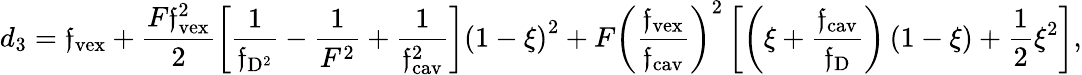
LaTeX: d_{3}=\mathfrak{f}_{\mathrm{{vex}}}+\frac{{F\mathfrak{f}_{\mathrm{{vex}}}^{2}}}{{2}}\left[\frac{{1}}{{\mathfrak{f}_{\mathrm{{D}}^{2}}}}-\frac{{1}}{{F^{2}}}+\frac{{1}}{{\mathfrak{f}_{\mathrm{{cav}}}^{2}}}\right]\left(1-\xi\right)^{2}+F\left(\frac{{\mathfrak{f}_{\mathrm{{vex}}}}}{{\mathfrak{f}_{\mathrm{{cav}}}}}\right)^{2}\left[\left(\xi+\frac{{\mathfrak{f}_{\mathrm{{cav}}}}}{{\mathfrak{f}_{\mathrm{{D}}}}}\right)\left(1-\xi\right)+\frac{{1}}{{2}}\xi^{2}\right],